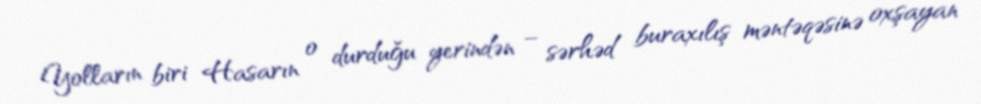
Yolların biri Hasarın o durduğu yerindən – sərhəd buraxılış məntəqəsinə oxşayan